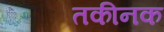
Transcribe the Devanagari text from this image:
तकीनक